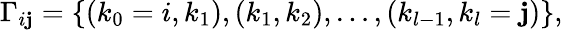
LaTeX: \Gamma_{i\mathbf{j}}=\{ (k_{0}=i,k_{1}),(k_{1},k_{2}),\ldots,(k_{l-1},k_{l}=\mathbf{j})\} ,